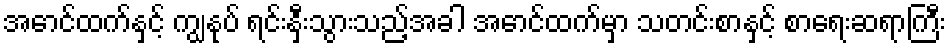
အောင်ထက်နှင့် ကျွနုပ် ရင်းနှီးသွားသည့်အခါ အောင်ထက်မှာ သတင်းစာနှင့် စာရေးဆရာကြီး